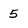
Character: 5